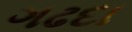
ગઢદા